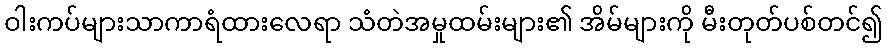
ဝါးကပ်များသာကာရံထားလေရာ သံတဲအမှုထမ်းများ၏ အိမ်များကို မီးတုတ်ပစ်တင်၍